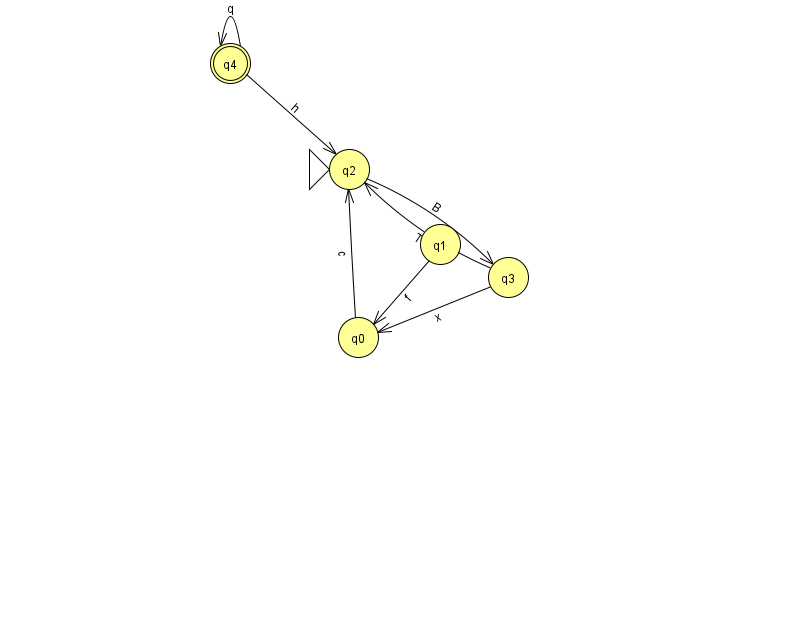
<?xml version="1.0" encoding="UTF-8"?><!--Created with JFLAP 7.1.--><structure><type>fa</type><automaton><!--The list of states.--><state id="0" name="q0"><x>358.0</x><y>324.0</y></state><state id="1" name="q1"><x>440.0</x><y>231.0</y></state><state id="2" name="q2"><x>349.0</x><y>156.0</y><initial/></state><state id="3" name="q3"><x>508.0</x><y>264.0</y></state><state id="4" name="q4"><x>230.0</x><y>50.0</y><final/></state><!--The list of transitions.--><transition><from>3</from><to>0</to><read>x</read></transition><transition><from>4</from><to>4</to><read>q</read></transition><transition><from>0</from><to>2</to><read>c</read></transition><transition><from>1</from><to>0</to><read>f</read></transition><transition><from>4</from><to>2</to><read>h</read></transition><transition><from>2</from><to>3</to><read>B</read></transition><transition><from>3</from><to>2</to><read>T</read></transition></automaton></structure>